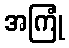
အကြုံ